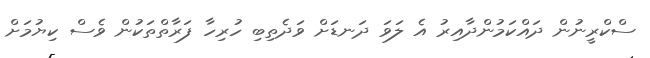
ސްކްރީނުން ދައްކަމުންދާއިރު އެ ލަވަ ދަނޑަށް ވަދެތިބި ހުރިހާ ފަރާތްތަކުން ވެސް ކިޔުމަށް